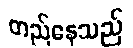
တည်နေသည်